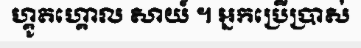
ហ្គូតហ្គោល សាយ៍ ។ អ្នកប្រើប្រាស់